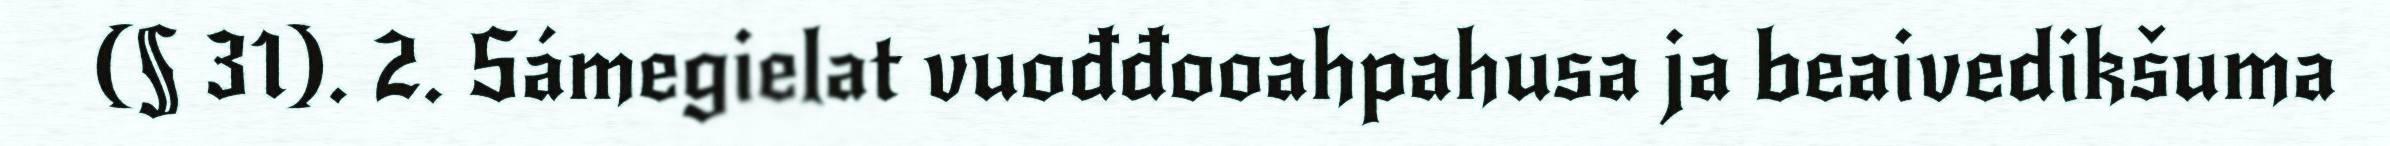
(§ 31). 2. Sámegielat vuođđooahpahusa ja beaivedikšuma